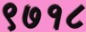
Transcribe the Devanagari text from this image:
९७१८